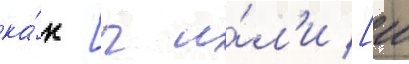
ка́к [ч и́л'и [ш